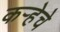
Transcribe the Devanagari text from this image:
कर्‍हेचे